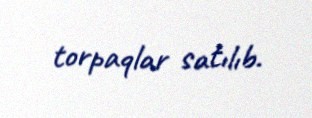
torpaqlar satılıb.